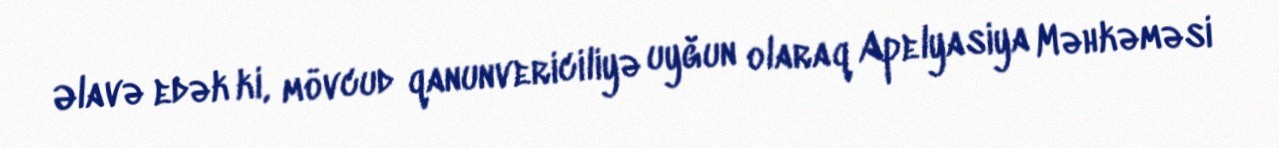
Əlavə edək ki, mövcud qanunvericiliyə uyğun olaraq Apelyasiya Məhkəməsi